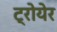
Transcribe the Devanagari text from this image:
ट्रोयेर